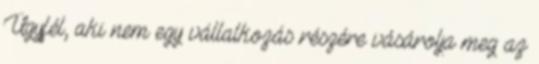
Ügyfél, aki nem egy vállalkozás részére vásárolja meg az